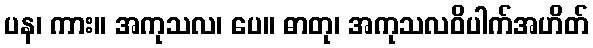
ပန၊ ကား။ အကုသလ၊ ပေ။ ဓာတု၊ အကုသလဝိပါက်အဟိတ်